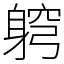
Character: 䠻